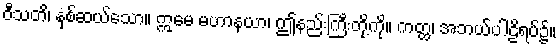
ဝီသတိ၊ နှစ်ဆယ်သော။ ဣမေ မဟာနယာ၊ ဤနည်းကြီးတို့ကို။ ကတ္ထ၊ အဘယ်ပါဠိရပ်၌။